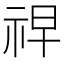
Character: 𮁲